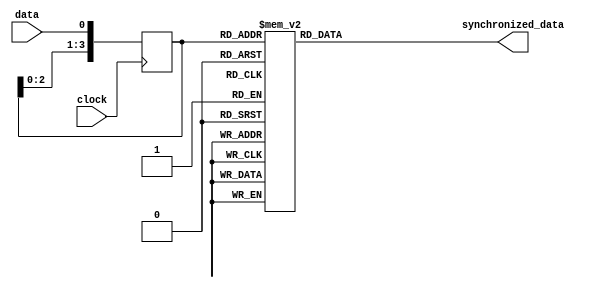
module four_flop_synchronizer (
    input wire data,
    input wire clock,
    output reg synchronized_data
);

reg [3:0] flops;

// Timing control unit
always @(posedge clock)
    flops <= {flops[2:0], data};

// Synchronization blocks
always @(*)
    case (flops)
        4'b0000: synchronized_data <= 1'b0;
        4'b0001: synchronized_data <= 1'b0;
        4'b0010: synchronized_data <= 1'b0;
        4'b0011: synchronized_data <= 1'b0;
        4'b0100: synchronized_data <= 1'b0;
        4'b0101: synchronized_data <= 1'b0;
        4'b0110: synchronized_data <= 1'b1;
        4'b0111: synchronized_data <= 1'b1;
        4'b1000: synchronized_data <= 1'b1;
        4'b1001: synchronized_data <= 1'b1;
        4'b1010: synchronized_data <= 1'b1;
        4'b1011: synchronized_data <= 1'b1;
        4'b1100: synchronized_data <= 1'b1;
        4'b1101: synchronized_data <= 1'b1;
        4'b1110: synchronized_data <= 1'b1;
        4'b1111: synchronized_data <= 1'b1;
    endcase

endmodule